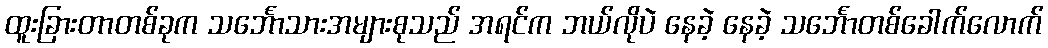
ထူးခြားတာတစ်ခုက သင်္ဘောသားအများစုသည် အရင်က ဘယ်လိုပဲ နေခဲ့ နေခဲ့ သင်္ဘောတစ်ခေါက်လောက်